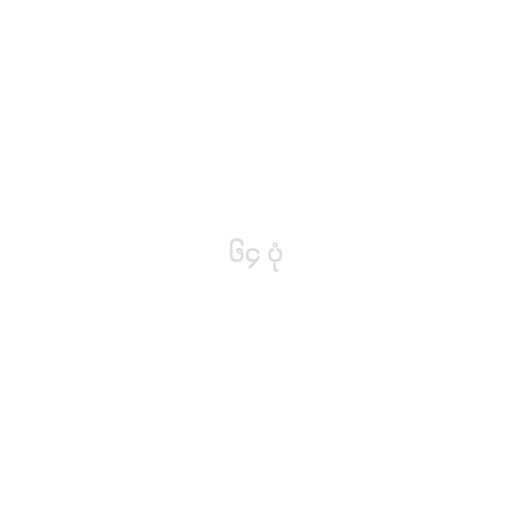
၆၄ ပုံ